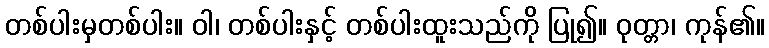
တစ်ပါးမှတစ်ပါး။ ဝါ၊ တစ်ပါးနှင့် တစ်ပါးထူးသည်ကို ပြု၍။ ဝုတ္တာ၊ ကုန်၏။